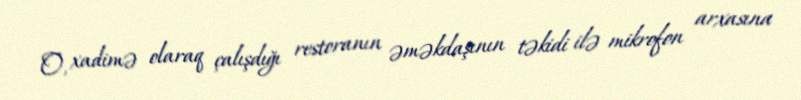
O, xadimə olaraq çalışdığı restoranın əməkdaşının təkidi ilə mikrofon arxasına